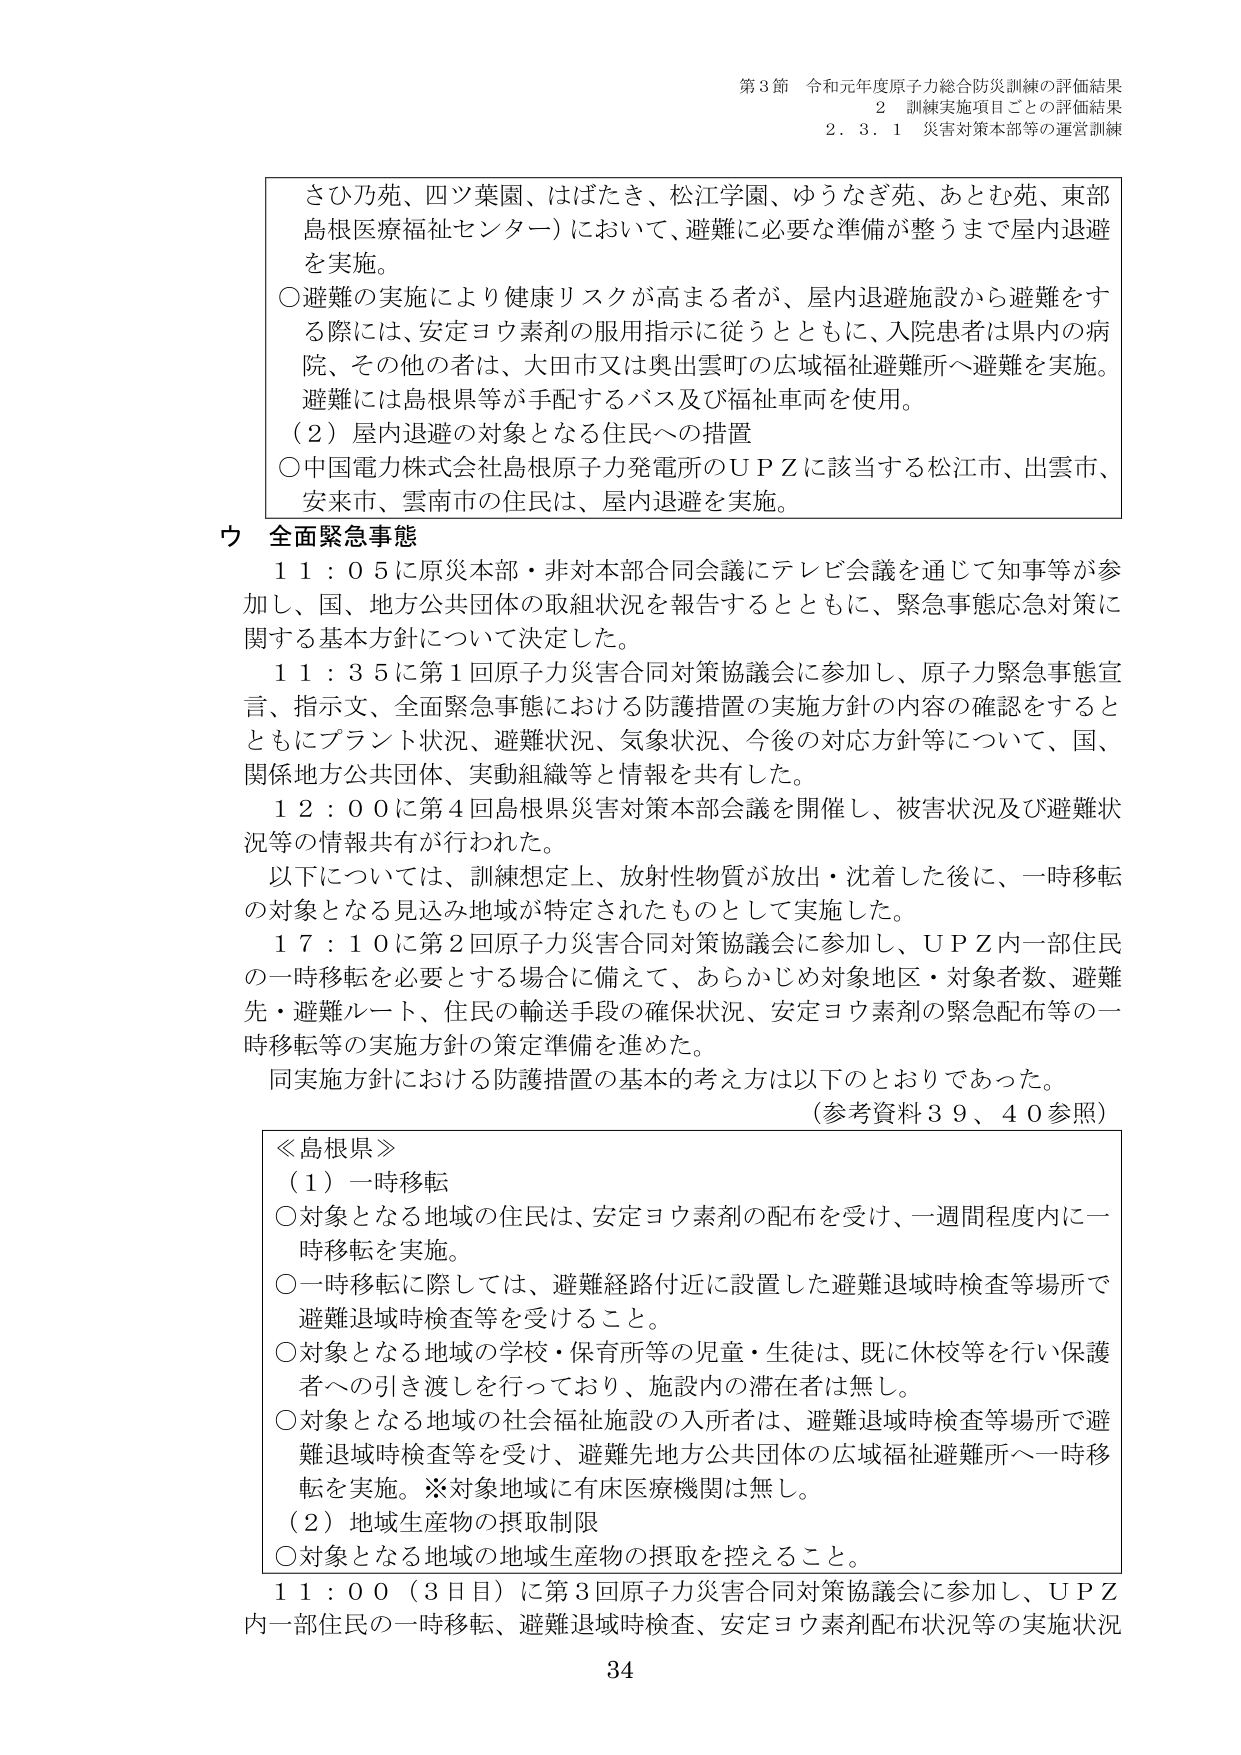
第3節 令和元年度原子力総合防災訓練の評価結果
2 訓練実施項目ごとの評価結果
2.3.1 災害対策本部等の運営訓練

さひ乃苑、四ツ葉園、はばたき、松江学園、ゆうなぎ苑、あとむ苑、東部島根医療福祉センター）において、避難に必要な準備が整うまで屋内退避を実施。
○避難の実施により健康リスクが高まる者が、屋内退避施設から避難をする際には、安定ヨウ素剤の服用指示に従うとともに、入院患者は県内の病院、その他の者は、大田市又は奥出雲町の広域福祉避難所へ避難を実施。避難には島根県等が手配するバス及び福祉車両を使用。
（2）屋内退避の対象となる住民への措置
○中国電力株式会社島根原子力発電所のＵＰＺに該当する松江市、出雲市、安来市、雲南市の住民は、屋内退避を実施。

ウ 全面緊急事態
11：05に原災本部・非対本部合同会議にてテレビ会議を通じて知事等が参加し、国、地方公共団体の取組状況を報告するとともに、緊急事態応急対策に関する基本方針について決定した。
11：35に第1回原子力災害合同対策協議会に参加し、原子力緊急事態宣言、指示文、全面緊急事態における防護措置の実施方針の内容の確認をするとともにプラント状況、避難状況、気象状況、今後の対応方針等について、国、関係地方公共団体、実動組織等と情報を共有した。
12：00に第4回島根県災害対策本部会議を開催し、被害状況及び避難状況等の情報共有が行われた。
以下については、訓練想定上、放射性物質が放出・沈着した後に、一時移転の対象となる見込み地域が特定されたものとして実施した。
17：10に第2回原子力災害合同対策協議会に参加し、ＵＰＺ内一部住民の一時移転を必要とする場合に備えて、あらかじめ対象地区・対象者数、避難先・避難ルート、住民の輸送手段の確保状況、安定ヨウ素剤の緊急配布等の一時移転等の実施方針の策定準備を進めた。
同実施方針における防護措置の基本的考え方は以下のとおりであった。
（参考資料39、40参照）

≪島根県≫
（1）一時移転
○対象となる地域の住民は、安定ヨウ素剤の配布を受け、一週間程度内に一時移転を実施。
○一時移転に際しては、避難経路付近に設置した避難退域時検査等場所で避難退域時検査等を受けること。
○対象となる地域の学校・保育所等の児童・生徒は、既に休校等を行い保護者への引き渡しを行っており、施設内の滞在者は無し。
○対象となる地域の社会福祉施設の入所者は、避難退域時検査等場所で避難退域時検査等を受け、避難先地方公共団体の広域福祉避難所へ一時移転を実施。※対象地域に有床医療機関は無し。
（2）地域生産物の摂取制限
○対象となる地域の地域生産物の摂取を控えること。

11：00（3日目）に第3回原子力災害合同対策協議会に参加し、ＵＰＺ内一部住民の一時移転、避難退域時検査、安定ヨウ素剤配布状況等の実施状況

34